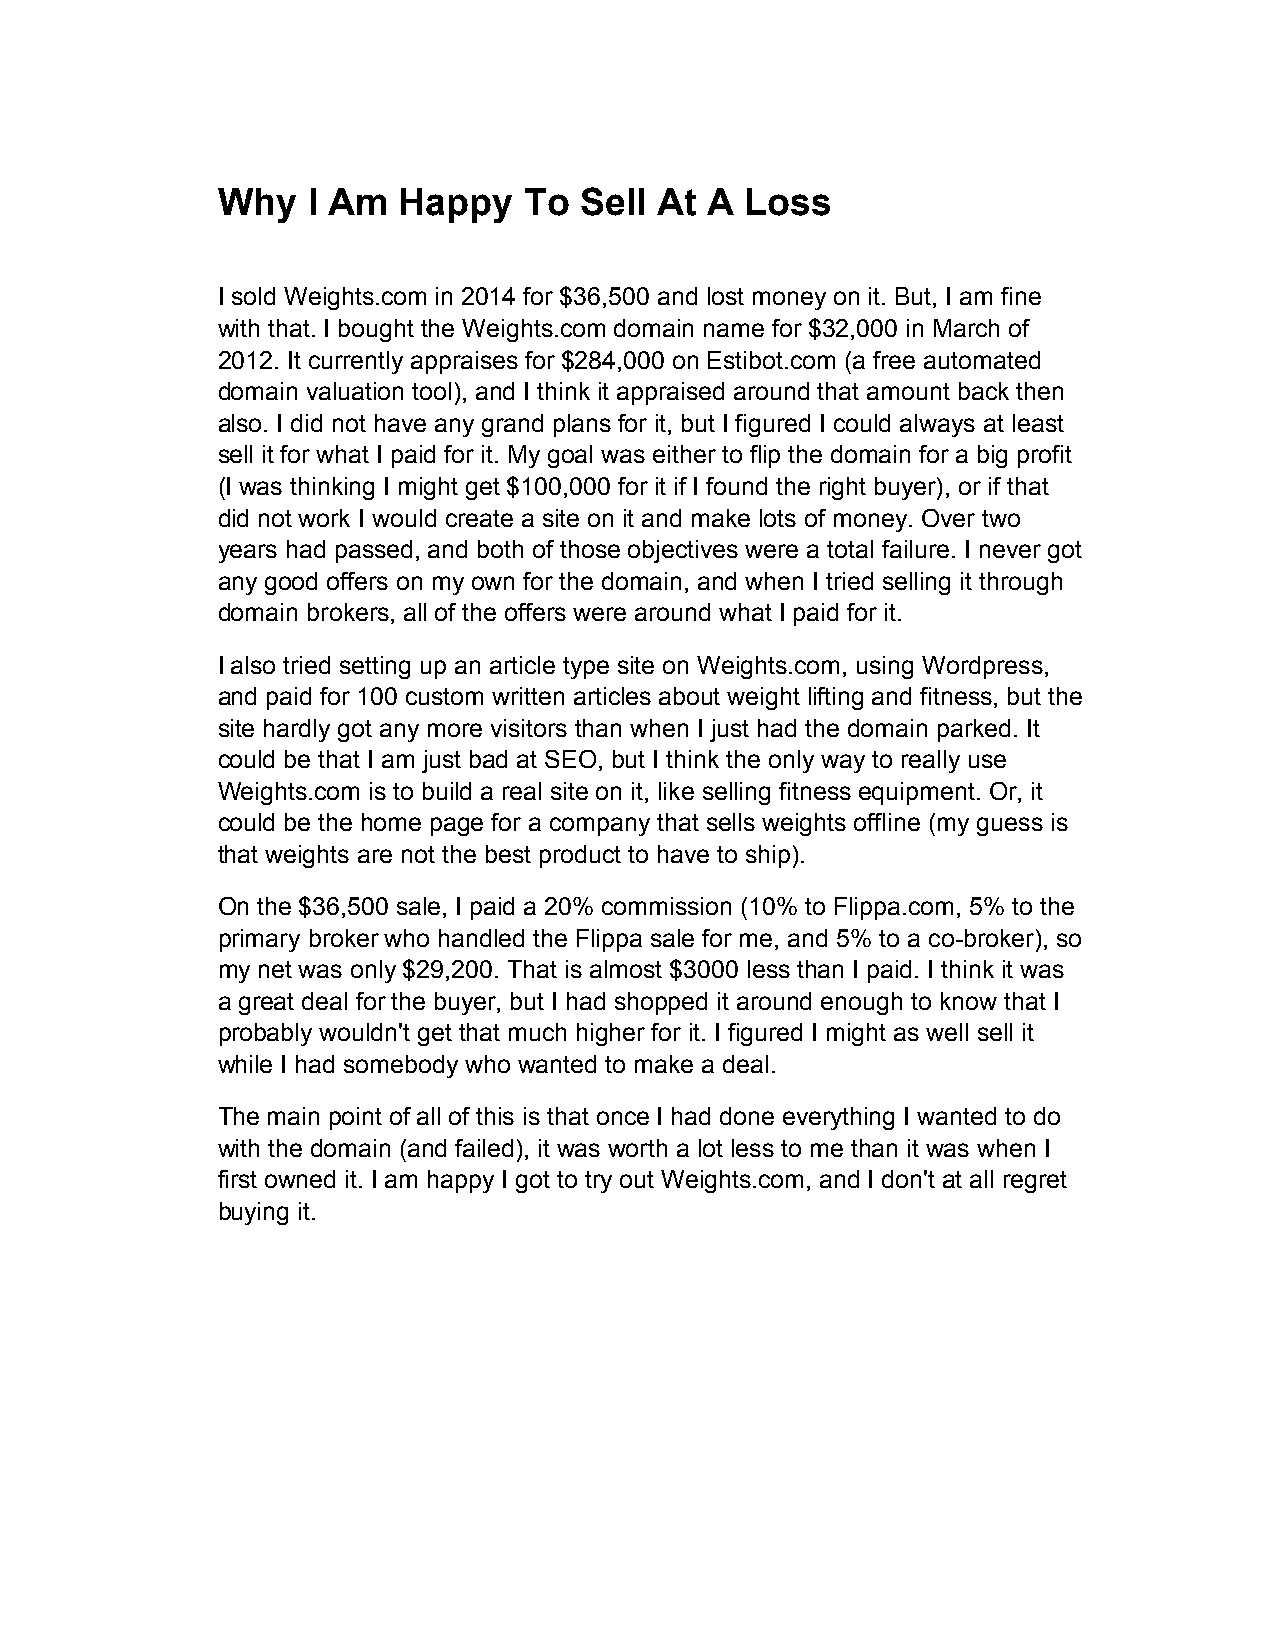
Why   I Am  Happy    To Sell At  A Loss
 I sold Weights.com in 2014 for $36,500 and lost money on it. But, I am fine
 with that. I bought the Weights.com domain name for $32,000 in March of
 2012. It currently appraises for $284,000 on Estibot.com (a free automated
 domain valuation tool), and I think it appraised around that amount back then
 also. I did not have any grand plans for it, but I figured I could always at least
 sell it for what I paid for it. My goal was either to flip the domain for a big profit
 (I was thinking I might get $100,000 for it if I found the right buyer), or if that
 did not work I would create a site on it and make lots of money. Over two
 years had passed, and both of those objectives were a total failure. I never got
 any good offers on my own for the domain, and when I tried selling it through
 domain brokers, all of the offers were around what I paid for it.
 I also tried setting up an article type site on Weights.com, using Wordpress,
 and paid for 100 custom written articles about weight lifting and fitness, but the
 site hardly got any more visitors than when I just had the domain parked. It
 could be that I am just bad at SEO, but I think the only way to really use
 Weights.com is to build a real site on it, like selling fitness equipment. Or, it
 could be the home page for a company that sells weights offline (my guess is
 that weights are not the best product to have to ship).
 On the $36,500 sale, I paid a 20% commission (10% to Flippa.com, 5% to the
 primary broker who handled the Flippa sale for me, and 5% to a co-broker), so
 my net was only $29,200. That is almost $3000 less than I paid. I think it was
 a great deal for the buyer, but I had shopped it around enough to know that I
 probably wouldn't get that much higher for it. I figured I might as well sell it
 while I had somebody who wanted to make a deal.
 The main point of all of this is that once I had done everything I wanted to do
 with the domain (and failed), it was worth a lot less to me than it was when I
 first owned it. I am happy I got to try out Weights.com, and I don't at all regret
 buying it.